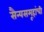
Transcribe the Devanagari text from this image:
सैन्यसमूहांची